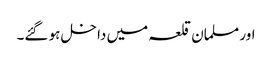
اور مسلمان قلعہ میں داخل ہو گئے۔